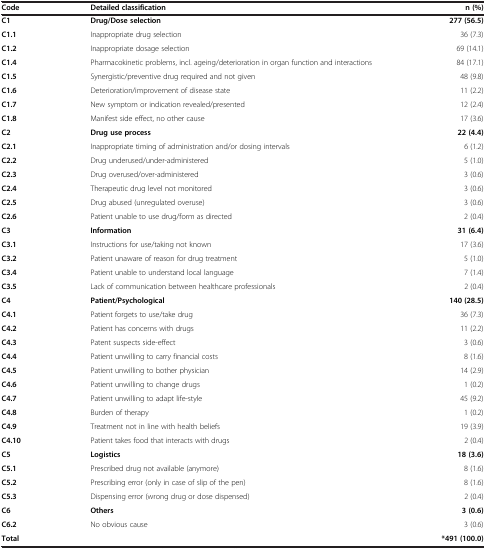
<table><thead><tr><td><b>Code</b></td><td><b>Detailed classification</b></td><td><b>n (%)</b></td></tr></thead><tbody><tr><td><b>C1</b></td><td><b>Drug/Dose selection</b></td><td><b>277 (56.5)</b></td></tr><tr><td><b>C1.1</b></td><td>Inappropriate drug selection</td><td>36 (7.3)</td></tr><tr><td><b>C1.2</b></td><td>Inappropriate dosage selection</td><td>69 (14.1)</td></tr><tr><td><b>C1.4</b></td><td>Pharmacokinetic problems, incl. ageing/deterioration in organ function and interactions</td><td>84 (17.1)</td></tr><tr><td><b>C1.5</b></td><td>Synergistic/preventive drug required and not given</td><td>48 (9.8)</td></tr><tr><td><b>C1.6</b></td><td>Deterioration/improvement of disease state</td><td>11 (2.2)</td></tr><tr><td><b>C1.7</b></td><td>New symptom or indication revealed/presented</td><td>12 (2.4)</td></tr><tr><td><b>C1.8</b></td><td>Manifest side effect, no other cause</td><td>17 (3.6)</td></tr><tr><td><b>C2</b></td><td><b>Drug use process</b></td><td><b>22 (4.4)</b></td></tr><tr><td><b>C2.1</b></td><td>Inappropriate timing of administration and/or dosing intervals</td><td>6 (1.2)</td></tr><tr><td><b>C2.2</b></td><td>Drug underused/under-administered</td><td>5 (1.0)</td></tr><tr><td><b>C2.3</b></td><td>Drug overused/over-administered</td><td>3 (0.6)</td></tr><tr><td><b>C2.4</b></td><td>Therapeutic drug level not monitored</td><td>3 (0.6)</td></tr><tr><td><b>C2.5</b></td><td>Drug abused (unregulated overuse)</td><td>3 (0.6)</td></tr><tr><td><b>C2.6</b></td><td>Patient unable to use drug/form as directed</td><td>2 (0.4)</td></tr><tr><td><b>C3</b></td><td><b>Information</b></td><td><b>31 (6.4)</b></td></tr><tr><td><b>C3.1</b></td><td>Instructions for use/taking not known</td><td>17 (3.6)</td></tr><tr><td><b>C3.2</b></td><td>Patient unaware of reason for drug treatment</td><td>5 (1.0)</td></tr><tr><td><b>C3.4</b></td><td>Patient unable to understand local language</td><td>7 (1.4)</td></tr><tr><td><b>C3.5</b></td><td>Lack of communication between healthcare professionals</td><td>2 (0.4)</td></tr><tr><td><b>C4</b></td><td><b>Patient/Psychological</b></td><td><b>140 (28.5)</b></td></tr><tr><td><b>C4.1</b></td><td>Patient forgets to use/take drug</td><td>36 (7.3)</td></tr><tr><td><b>C4.2</b></td><td>Patient has concerns with drugs</td><td>11 (2.2)</td></tr><tr><td><b>C4.3</b></td><td>Patent suspects side-effect</td><td>3 (0.6)</td></tr><tr><td><b>C4.4</b></td><td>Patient unwilling to carry financial costs</td><td>8 (1.6)</td></tr><tr><td><b>C4.5</b></td><td>Patient unwilling to bother physician</td><td>14 (2.9)</td></tr><tr><td><b>C4.6</b></td><td>Patient unwilling to change drugs</td><td>1 (0.2)</td></tr><tr><td><b>C4.7</b></td><td>Patient unwilling to adapt life-style</td><td>45 (9.2)</td></tr><tr><td><b>C4.8</b></td><td>Burden of therapy</td><td>1 (0.2)</td></tr><tr><td><b>C4.9</b></td><td>Treatment not in line with health beliefs</td><td>19 (3.9)</td></tr><tr><td><b>C4.10</b></td><td>Patient takes food that interacts with drugs</td><td>2 (0.4)</td></tr><tr><td><b>C5</b></td><td><b>Logistics</b></td><td><b>18 (3.6)</b></td></tr><tr><td><b>C5.1</b></td><td>Prescribed drug not available (anymore)</td><td>8 (1.6)</td></tr><tr><td><b>C5.2</b></td><td>Prescribing error (only in case of slip of the pen)</td><td>8 (1.6)</td></tr><tr><td><b>C5.3</b></td><td>Dispensing error (wrong drug or dose dispensed)</td><td>2 (0.4)</td></tr><tr><td><b>C6</b></td><td><b>Others</b></td><td><b>3 (0.6)</b></td></tr><tr><td><b>C6.2</b></td><td>No obvious cause</td><td>3 (0.6)</td></tr><tr><td><b>Total</b></td><td> </td><td><b>*491 (100.0)</b></td></tr></tbody></table>